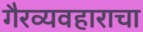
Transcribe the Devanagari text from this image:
गैरव्यवहाराचा